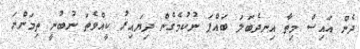
ދެން އައިސް މިތާ އިނދެބަލަ ބައްޕަ ނުކުމެގެން ދިޔައިރު ކީއްވެތަ ނުބުނީ ތިމަންނަ